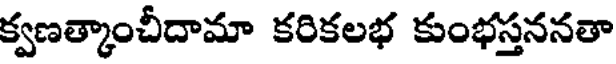
క్వణత్కాంచీదామా కరికలభ కుంభస్తననతా